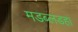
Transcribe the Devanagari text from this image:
मडब्लडहा